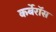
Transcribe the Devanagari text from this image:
कर्बेरॉस